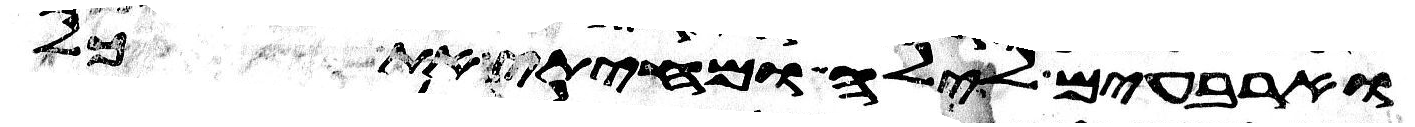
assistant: וארבעים לילה ומחיתי את כל